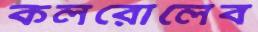
কলরোলেব